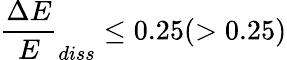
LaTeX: \frac{\Delta E}{E}_{diss}\le 0.25(>0.25)